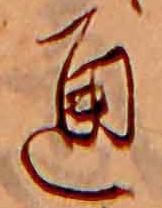
通